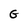
Character: G